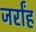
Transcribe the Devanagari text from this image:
जर्रांह